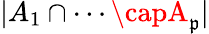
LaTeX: |A_{1}\cap\cdots\capA_{\mathfrak{p}}|